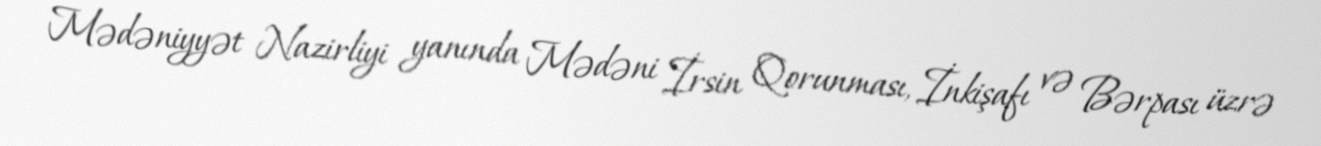
Mədəniyyət Nazirliyi yanında Mədəni İrsin Qorunması, İnkişafı və Bərpası üzrə